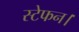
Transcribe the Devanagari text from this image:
स्टेफन।